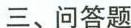
三、问答题